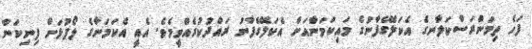
ފަހެ ތިމަންރަސްކަލާނގެ އެކަލޭގެފާނުގެ މައިކަމަނާއަށް އެކަލޭގެފާނު ރައްދުކުރެއްވީމެވެ. އެއީ އެކަމަނާގެ ލޯފުޅަށް ފިނިކަން